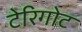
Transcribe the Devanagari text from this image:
टेरिगोट